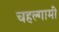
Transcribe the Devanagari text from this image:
चहल्गामी